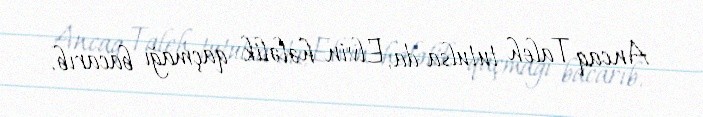
Ancaq Taleh tutulsa da, Elvin hələlik qaçmağı bacarıb.